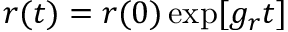
r ( t ) = r ( 0 ) \exp [ g _ { r } t ]